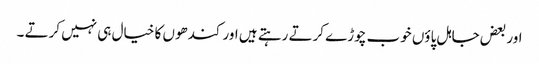
اور بعض جاہل پاؤں خوب چوڑے کرتے رہتے ہیں اور کندھوں کا خیال ہی نہیں کرتے ۔